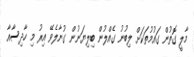
މާލީ ގޮތުން ގައުމުތަކަށް ލިބުނު ގެއްލުން ބިލިޔަނުން ގުނާލެވޭ އިރު މި ހާދިސާއާ